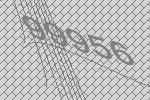
99956